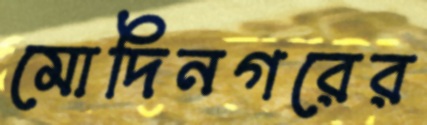
মোদিনগরের